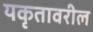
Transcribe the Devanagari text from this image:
यकृतावरील